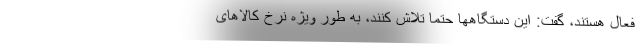
فعال هستند، گفت: این دستگاهها حتما تلاش کنند، به طور ویژه نرخ کالاهای